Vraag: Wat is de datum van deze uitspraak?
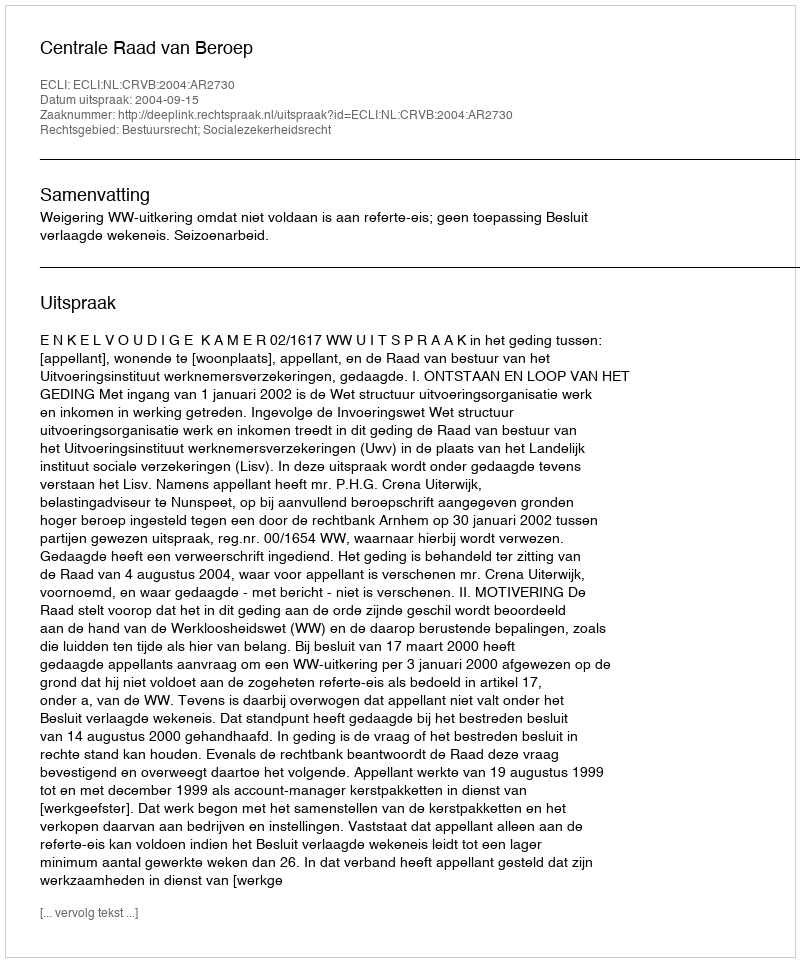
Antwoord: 2004-09-15